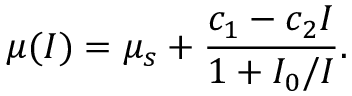
\mu ( I ) = \mu _ { s } + \frac { c _ { 1 } - c _ { 2 } I } { 1 + I _ { 0 } / I } .